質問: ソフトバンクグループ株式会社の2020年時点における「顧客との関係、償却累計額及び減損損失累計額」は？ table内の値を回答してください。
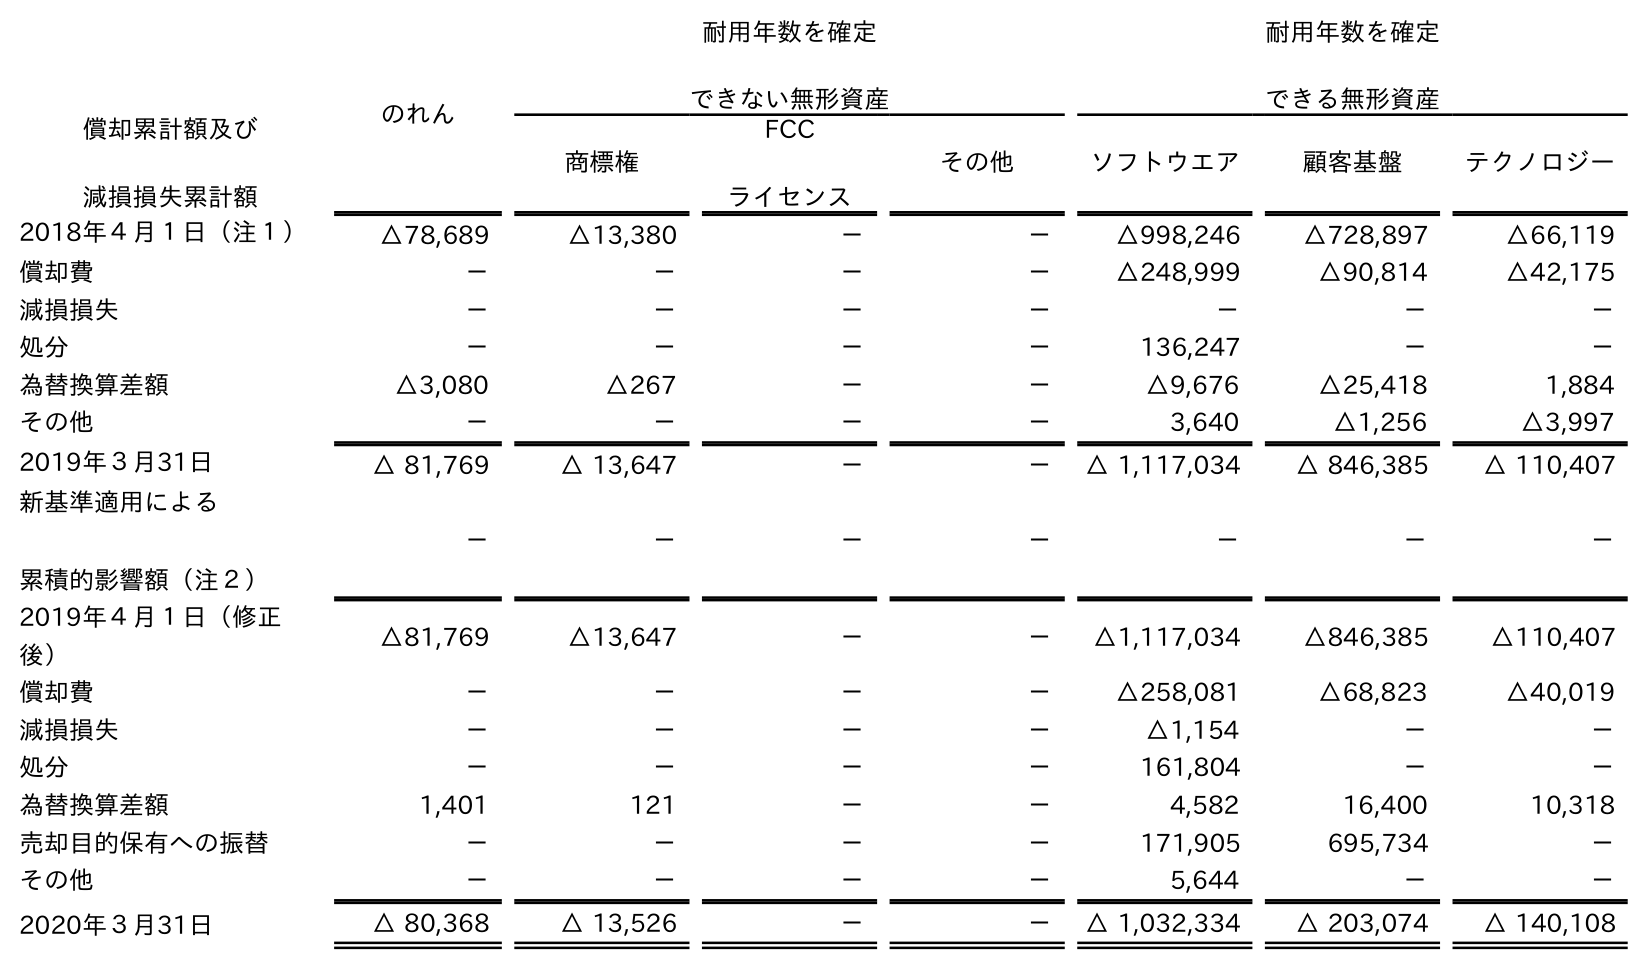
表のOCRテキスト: のれん 耐用年数を確定 できない無形資産 耐用年数を確定 できる無形資産 償却累計額及び 減損損失累計額 商標権 FCC ライセンス その他 ソフトウエア 顧客基盤 テクノロジー 2018年４月１日（注１） △78,689 △13,380 － － △998,246 △728,897 △66,119 償却費 － － － － △248,999 △90,814 △42,175 減損損失 － － － － － － － 処分 － － － － 136,247 － － 為替換算差額 △3,080 △267 － － △9,676 △25,418 1,884 その他 － － － － 3,640 △1,256 △3,997 2019年３月31日 △ 81,769 △ 13,647 － － △ 1,117,034 △ 846,385 △ 110,407 新基準適用による 累積的影響額（注２） － － － － － － － 2019年４月１日（修正 後） △81,769 △13,647 － － △1,117,034 △846,385 △110,407 償却費 － － － － △258,081 △68,823 △40,019 減損損失 － － － － △1,154 － － 処分 － － － － 161,804 － － 為替換算差額 1,401 121 － － 4,582 16,400 10,318 売却目的保有への振替 － － － － 171,905 695,734 － その他 － － － － 5,644 － － 2020年３月31日 △ 80,368 △ 13,526 － － △ 1,032,334 △ 203,074 △ 140,108
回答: △203,074